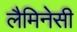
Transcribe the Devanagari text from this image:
लैमिनेसी